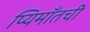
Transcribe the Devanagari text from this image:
प्यिमाँतची